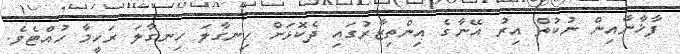
ފާޚާނާއިން ނުކުތް އިރު އޭނާގެ އިންތިޒާރުގައި ދެކޮޅަށް ހިނގާލަ ހިނގާލަ ރަހީމާ ހުއްޓެވެ.